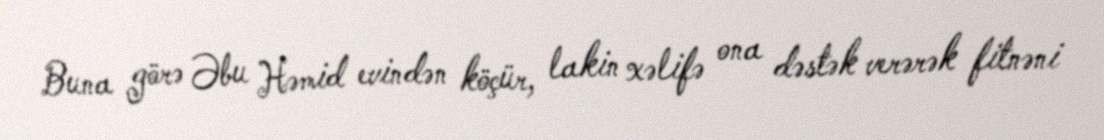
Buna görə Əbu Həmid evindən köçür, lakin xəlifə ona dəstək verərək fitnəni